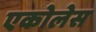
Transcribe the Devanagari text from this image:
एकोलेस